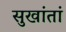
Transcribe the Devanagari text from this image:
सुखांतां